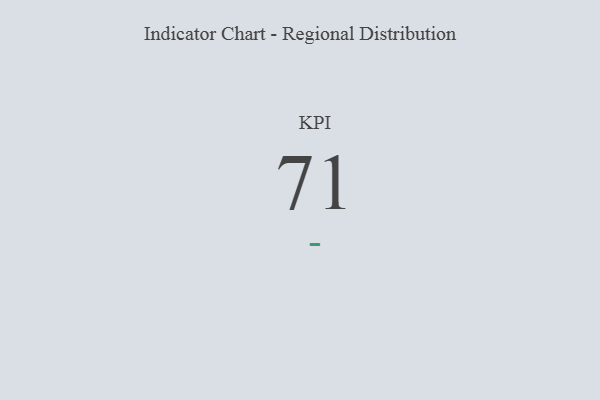
{"axis": {"x": "KPI", "y": "Value"}, "legend": [""], "data": [{"x": "KPI", "y": 71, "type": ""}]}